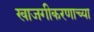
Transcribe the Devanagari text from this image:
खाजगीकरणाच्या